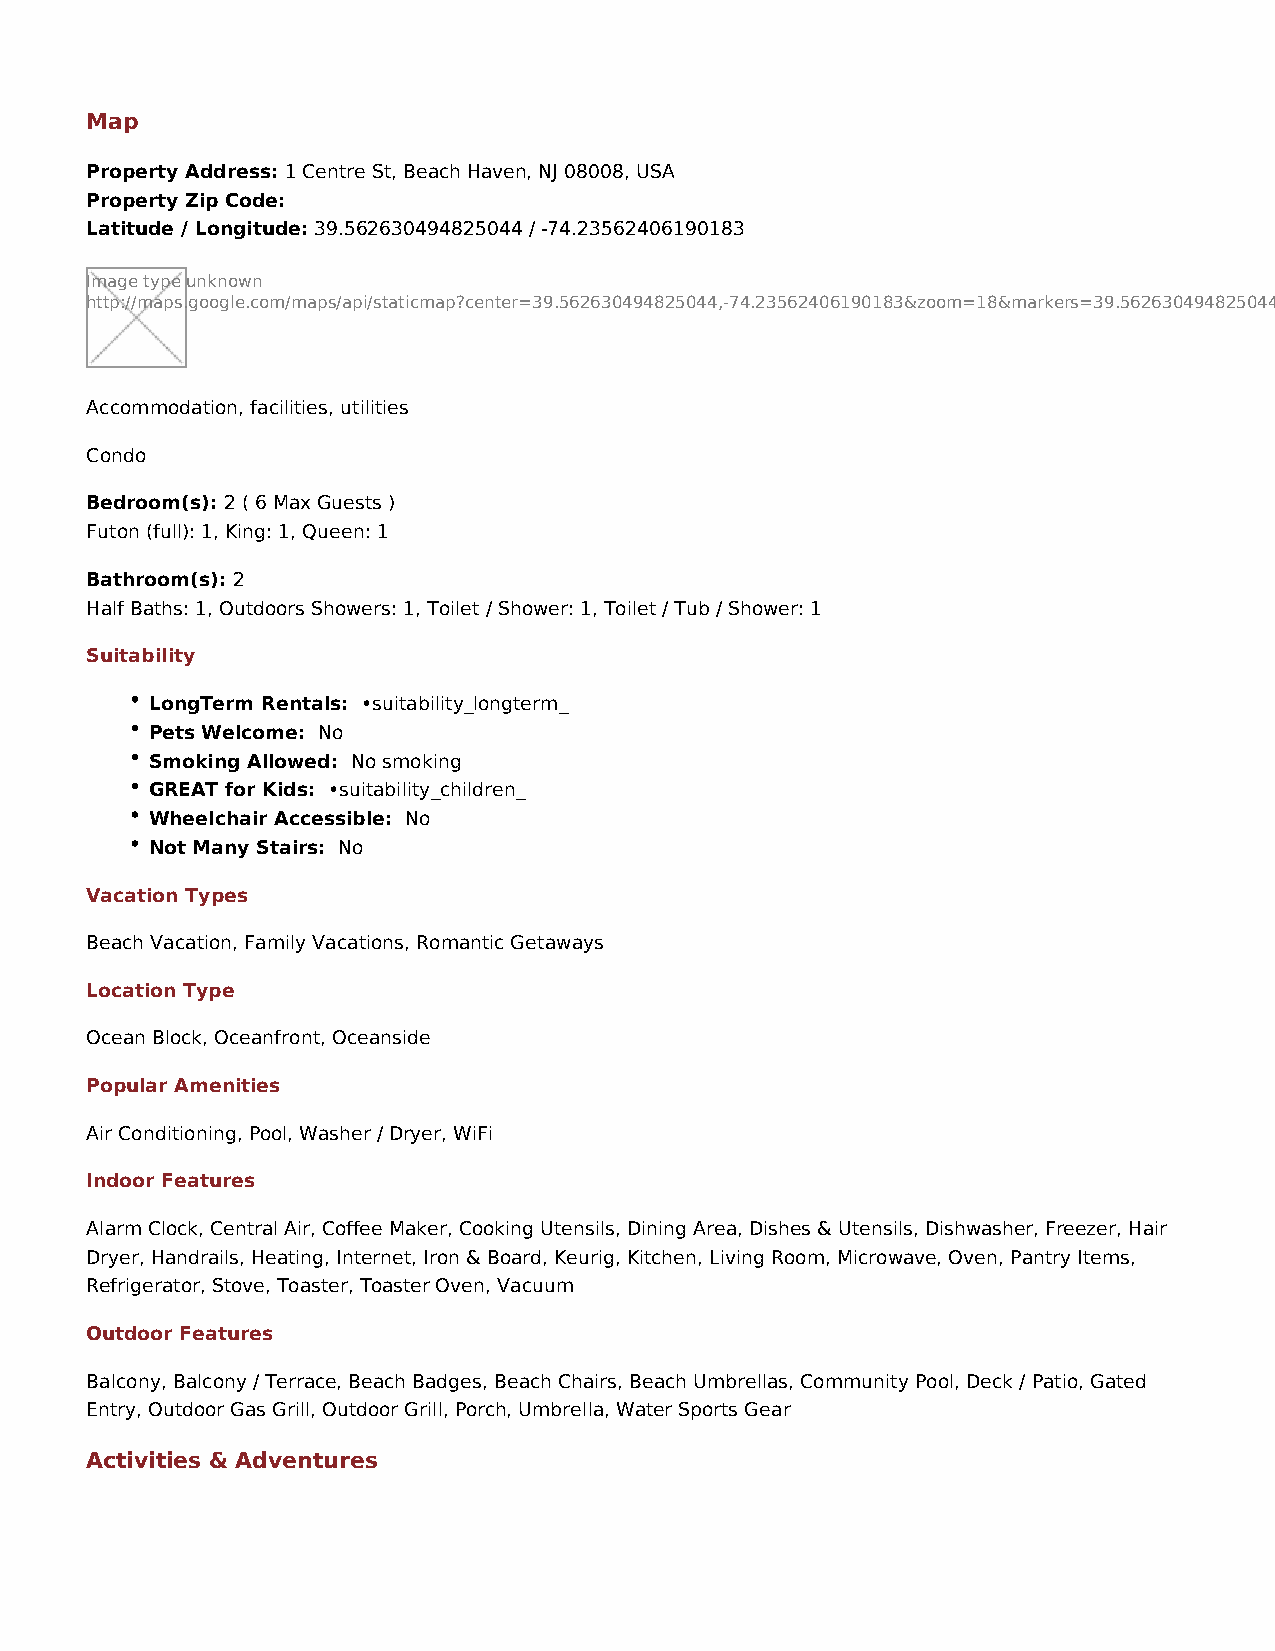
Map
 Property Address: 1 Centre St, Beach Haven, NJ 08008, USA
 Property Zip Code:
 Latitude / Longitude: 39.562630494825044 / -74.23562406190183
 Image type unknown
 http://maps.google.com/maps/api/staticmap?center=39.562630494825044,-74.23562406190183&zoom=18&markers=39.562630494825044,-74.23562406190183&size=500x300&sensor=false
 Accommodation, facilities, utilities
 Condo
 Bedroom(s): 2 ( 6 Max Guests )
 Futon (full): 1, King: 1, Queen: 1
 Bathroom(s): 2
 Half Baths: 1, Outdoors Showers: 1, Toilet / Shower: 1, Toilet / Tub / Shower: 1
 Suitability
 LongTerm Rentals: •suitability_longterm_
 Pets Welcome: No
 Smoking Allowed: No smoking
 GREAT for Kids: •suitability_children_
 Wheelchair Accessible: No
 Not Many Stairs: No
 Vacation Types
 Beach Vacation, Family Vacations, Romantic Getaways
 Location Type
 Ocean Block, Oceanfront, Oceanside
 Popular Amenities
 Air Conditioning, Pool, Washer / Dryer, WiFi
 Indoor Features
 Alarm Clock, Central Air, Coffee Maker, Cooking Utensils, Dining Area, Dishes & Utensils, Dishwasher, Freezer, Hair
 Dryer, Handrails, Heating, Internet, Iron & Board, Keurig, Kitchen, Living Room, Microwave, Oven, Pantry Items,
 Refrigerator, Stove, Toaster, Toaster Oven, Vacuum
 Outdoor Features
 Balcony, Balcony / Terrace, Beach Badges, Beach Chairs, Beach Umbrellas, Community Pool, Deck / Patio, Gated
 Entry, Outdoor Gas Grill, Outdoor Grill, Porch, Umbrella, Water Sports Gear
 Activities & Adventures